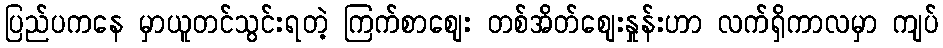
ပြည်ပကနေ မှာယူတင်သွင်းရတဲ့ ကြက်စာစျေး တစ်အိတ်စျေးနှုန်းဟာ လက်ရှိကာလမှာ ကျပ်